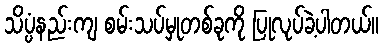
သိပ္ပံနည်းကျ စမ်းသပ်မှုတစ်ခုကို ပြုလုပ်ခဲ့ပါတယ်။